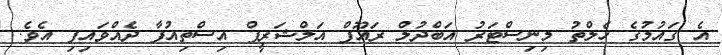
އެ ގައުމުގެ ހެލްތު މިނިސްޓަރު އަބްދުލް ރައޫފް އަލްޝަރީފް އިސްތިއުފާ ދެއްވައިފި އެވެ.